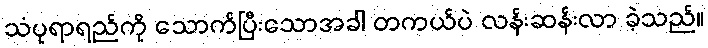
သံပုရာရည်ကို သောက်ပြီးသောအခါ တကယ်ပဲ လန်းဆန်းလာ ခဲ့သည်။